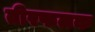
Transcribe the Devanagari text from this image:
तीरफलक